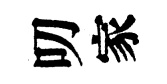
叨家